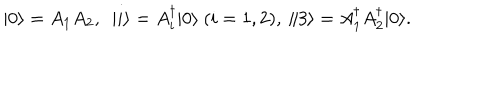
| 0 \rangle = { { A } } _ { 1 } { { A } } _ { 2 } , \ \ | i \rangle = { A } _ { i } ^ { \dagger } | 0 \rangle \ ( { i } = 1 , 2 ) , \ \| 3 \rangle = { A } _ { 1 } ^ { \dagger } { A } _ { 2 } ^ { \dagger } | 0 \rangle .